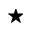
\star